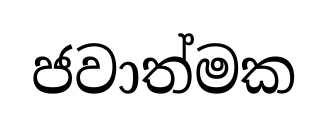
ජවාත්මක